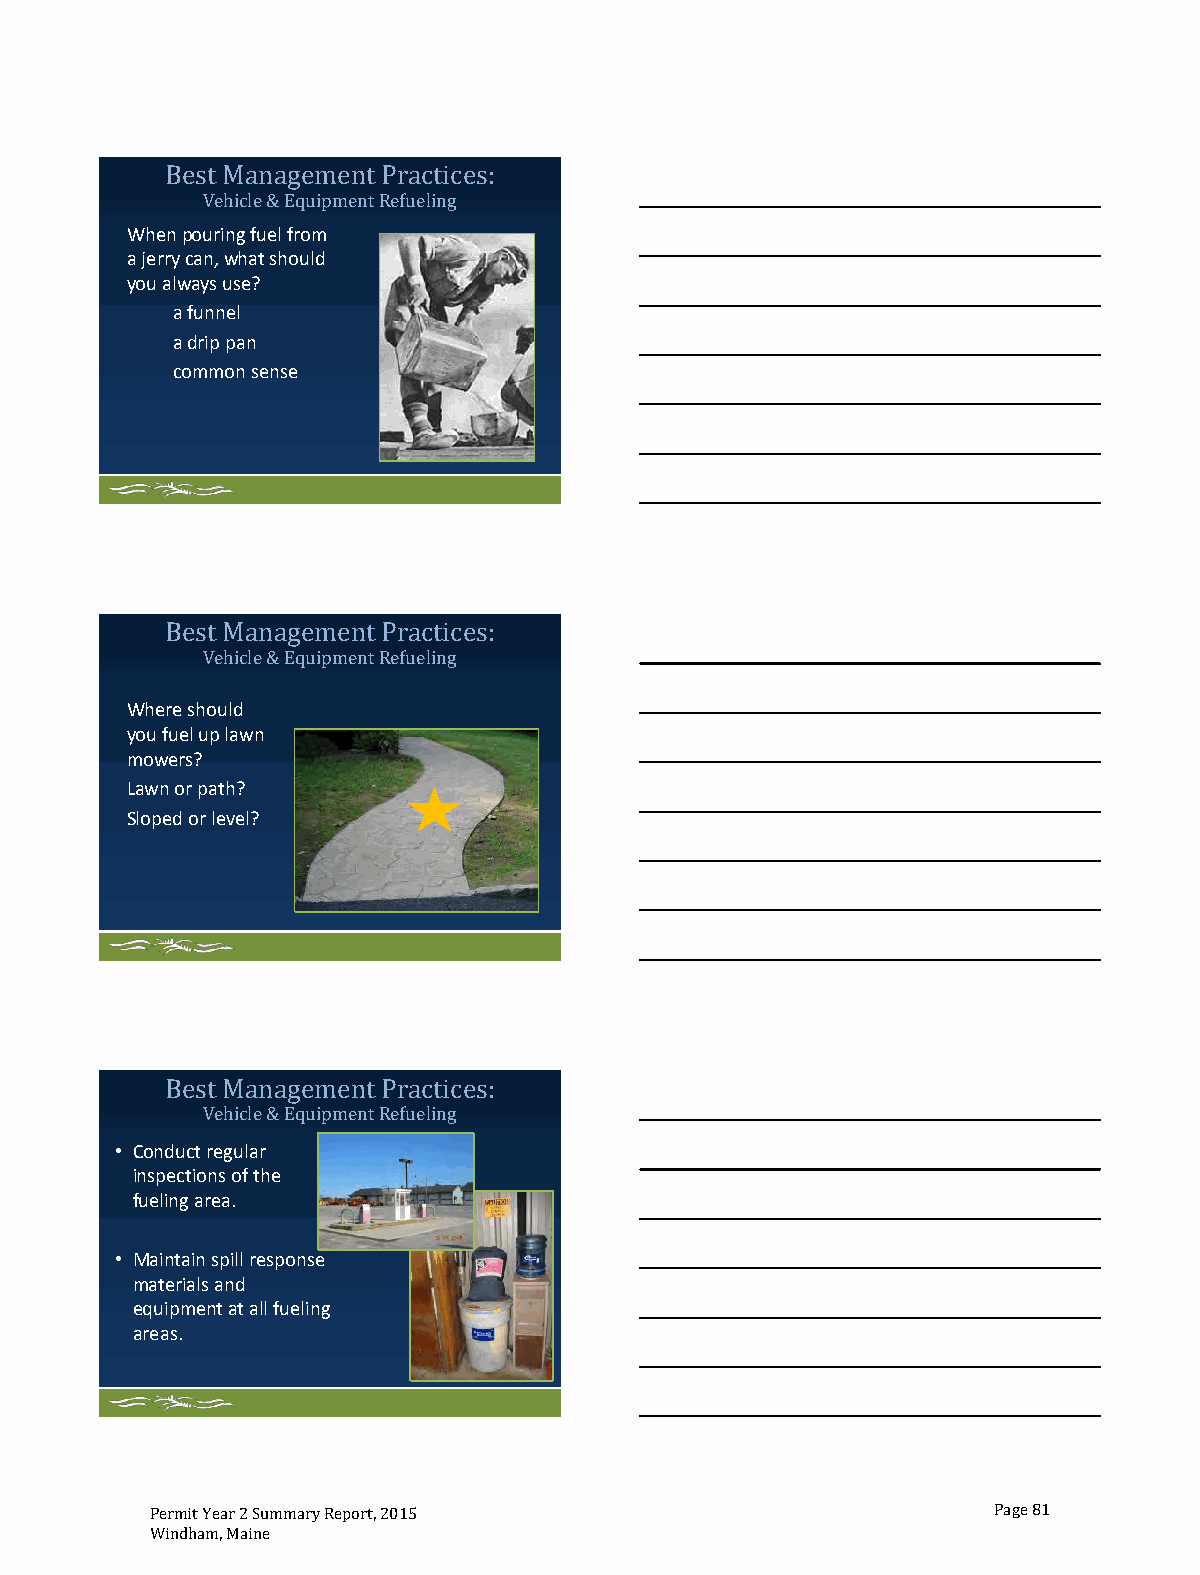
Best Management
 ehicle & Eq ment
 When pouring fuel from Practices:
 V      uip  Refueling
 a jerry can, what should
 you always use?
 a funnel
 a drip pan
 common sense
 Best Management
 ehicle & Eq ment
 Practices:
 V      uip  Refueling
 Where should
 you fuel up lawn
 mowers?
 Lawn or path?
 Sloped or level?
 Best Management
 ehicle & Eq ment
 • Conduct Vregular uip RP er fua ec lit ni gces:
 inspections of the
 fueling area.
 • Maintain spill response
 materials and
 equipment at all fueling
 areas.
 Permit Year 2 Summary Report, 2015                      Page 81
 Windham, Maine